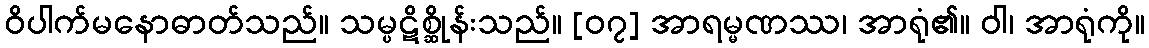
ဝိပါက်မနောဓာတ်သည်။ သမ္ပဋိစ္ဆိုန်းသည်။ [၀၇] အာရမ္မဏဿ၊ အာရုံ၏။ ဝါ၊ အာရုံကို။